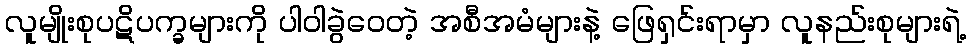
လူမျိုးစုပဋိပက္ခများကို ပါဝါခွဲဝေတဲ့ အစီအမံများနဲ့ ဖြေရှင်းရာမှာ လူနည်းစုများရဲ့